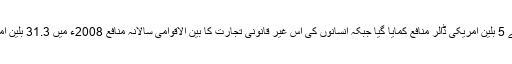
2004ء میں اس کے ذریعے 5 بلین امریکی ڈالر منافع کمایا گیا جبکہ انسانوں کی اس غیر قانونی تجارت کا بین الاقوامی سالانہ منافع 2008ء میں 31.3 بلین امریکی ڈالر تک پہنچ چکا تھا۔